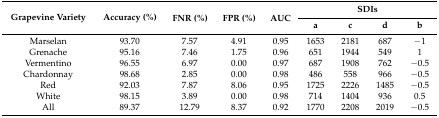
| <ROWSPAN=2> Grapevine Variety | <ROWSPAN=2> Accuracy (%) | <ROWSPAN=2> FNR (%) | <ROWSPAN=2> FPR (%) | <ROWSPAN=2> AUC | <COLSPAN=4> SDIs |
 | a | c | d | b |
 | --- | --- | --- | --- | --- | --- | --- | --- | --- |
 | Marselan | 93.70 | 7.57 | 4.91 | 0.95 | 1653 | 2181 | 687 | −1 |
 | Grenache | 95.16 | 7.46 | 1.75 | 0.96 | 651 | 1944 | 549 | 1 |
 | Vermentino | 96.55 | 6.97 | 0.00 | 0.97 | 687 | 1908 | 762 | −0.5 |
 | Chardonnay | 98.68 | 2.85 | 0.00 | 0.98 | 486 | 558 | 966 | −0.5 |
 | Red | 92.03 | 7.87 | 8.06 | 0.95 | 1725 | 2226 | 1485 | −0.5 |
 | White | 98.15 | 3.89 | 0.00 | 0.98 | 714 | 1404 | 936 | 0.5 |
 | All | 89.37 | 12.79 | 8.37 | 0.92 | 1770 | 2208 | 2019 | −0.5 |